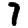
Digit: 7